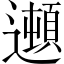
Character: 𲆁